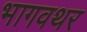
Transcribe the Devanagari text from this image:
भागवथर